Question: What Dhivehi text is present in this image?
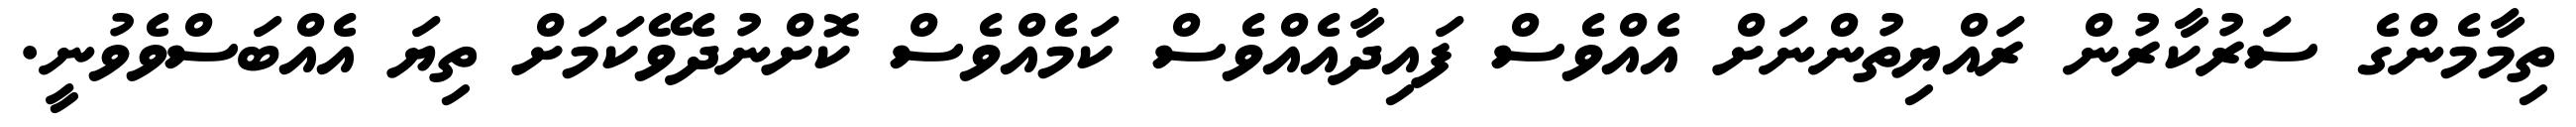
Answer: ތިމާމެންގެ ސަރުކާރުން ރައްޔިތުންނަށް އެއްވެސް ފައިދާއެއްވެސް ކަމެއްވެސް ކޮށްނުދެވޭކަމަށް ތިޔަ އެއްބަސްވެވުނީ.